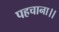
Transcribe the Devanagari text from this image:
पहचाना।।